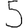
Digit: 5